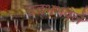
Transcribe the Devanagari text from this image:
उद्भभवले